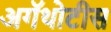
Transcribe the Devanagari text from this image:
अगॅथोटीस